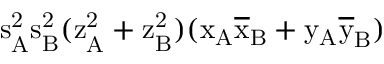
\mathrm { s _ { A } ^ { 2 } \mathrm { s _ { B } ^ { 2 } ( \mathrm { z _ { A } ^ { 2 } + \mathrm { z _ { B } ^ { 2 } ) ( \mathrm { x _ { A } \mathrm { \overline { { x } } _ { B } + \mathrm { y _ { A } \mathrm { \overline { { y } } _ { B } ) } } } } } } } }